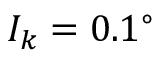
I _ { k } = 0 . 1 ^ { \circ }